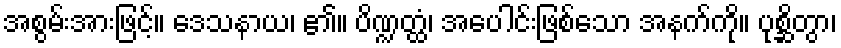
အစွမ်းအားဖြင့်။ ဒေသနာယ၊ ၏။ ပိဏ္ဍတ္ထံ၊ အပေါင်းဖြစ်သော အနက်ကို။ ပုစ္ဆိတွာ၊